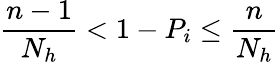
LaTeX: \frac{n-1}{N_{h}}<1-P_{i}\leq\frac{n}{N_{h}}